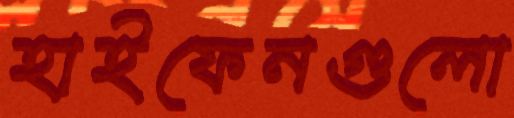
হাইফেনগুলো